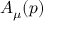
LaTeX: A _ { \mu } ( p )